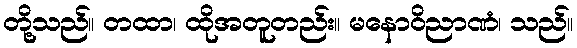
တို့သည်။ တထာ၊ ထိုအတူတည်း။ မနောဝိညာဏံ၊ သည်။